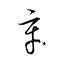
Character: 辛